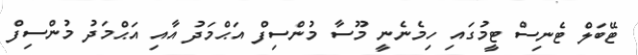
ޓޭބަލް ޓެނިސް ޓީމުގައި ހިމެނެނީ މޫސާ މުންސިފް އަޙްމަދު އާއި އަޙްމަދު މުންސިފް